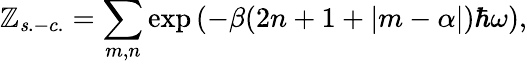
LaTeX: \mathbb{Z}_{\mathit{s}.-c.}=\sum_{m,n}\exp{(-\beta(2n+1+|m-\alpha|)\hbar\omega)},